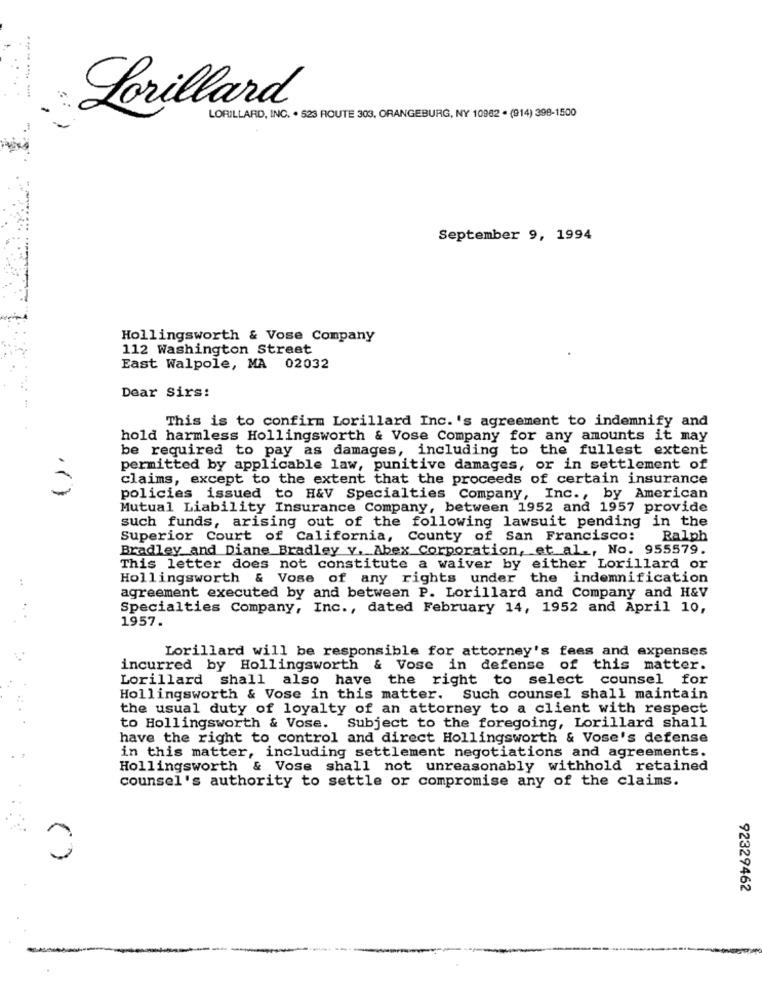
-----
Lorillard
LORILLARD, INC. . 523 ROUTE 303, ORANGEBURG, NY 10962 . (914) 398-1500
September 9, 1994
Hollingsworth & Vose Company
112 Washington Street
East Walpole, MA 02032
Dear sirs:
This is to confirm Lorillard Inc. 's agreement to indemnify and
hold harmless Hollingsworth & Vose Company for any amounts it may
be required to pay as damages, including to the fullest extent
permitted by applicable law, punitive damages, or in settlement of
claims, except to the extent that the proceeds of certain insurance
policies issued to H&V Specialties Company, Inc ., by American
Mutual Liability Insurance Company, between 1952 and 1957 provide
such funds, arising out of the following lawsuit pending in the
Superior Court of California, County of San Francisco:
Ralph
Bradley and Diane Bradley v. Abex Corporation, et al ., No. 955579.
This letter does not constitute a waiver by either Lorillard or
Hollingsworth & Vose of any rights under the indemnification
agreement executed by and between P. Lorillard and Company and H&V
Specialties Company, Inc ., dated February 14, 1952 and April 10,
1957.
Lorillard will be responsible for attorney's fees and expenses
incurred by Hollingsworth & Vose in defense of this matter.
Lorillard shall also have the right to select counsel for
Hollingsworth & Vose in this matter. Such counsel shall maintain
the usual duty of loyalty of an attorney to a client with respect
to Hollingsworth & Vose. Subject to the foregoing, Lorillard shall
have the right to control and direct Hollingsworth & Vose's defense
in this matter, including settlement negotiations and agreements.
Hollingsworth & Vose shall not unreasonably withhold retained
counsel's authority to settle or compromise any of the claims.
0
92329462